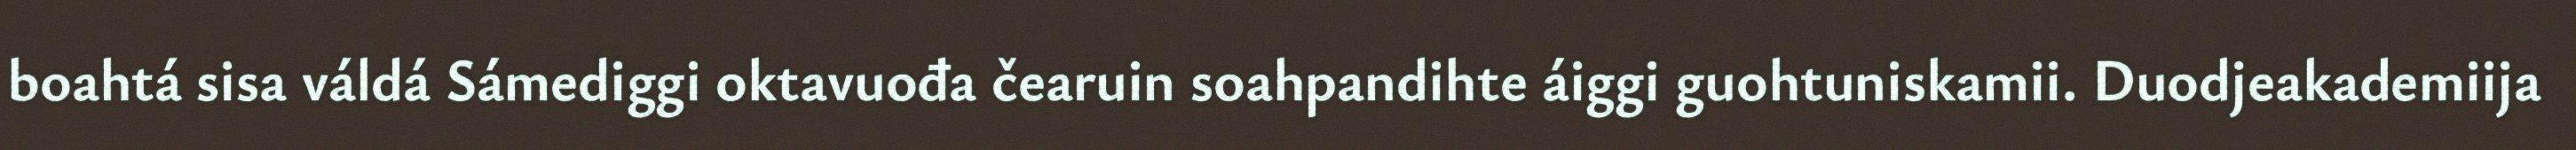
boahtá sisa váldá Sámediggi oktavuođa čearuin soahpandihte áiggi guohtuniskamii. Duodjeakademiija